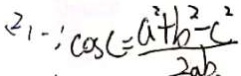
( 2 ) \because \cos C = \frac { a ^ { 2 } + b ^ { 2 } - c ^ { 2 } } { 2 a b }